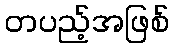
တပည့်အဖြစ်